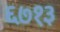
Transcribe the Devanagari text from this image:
६७१३